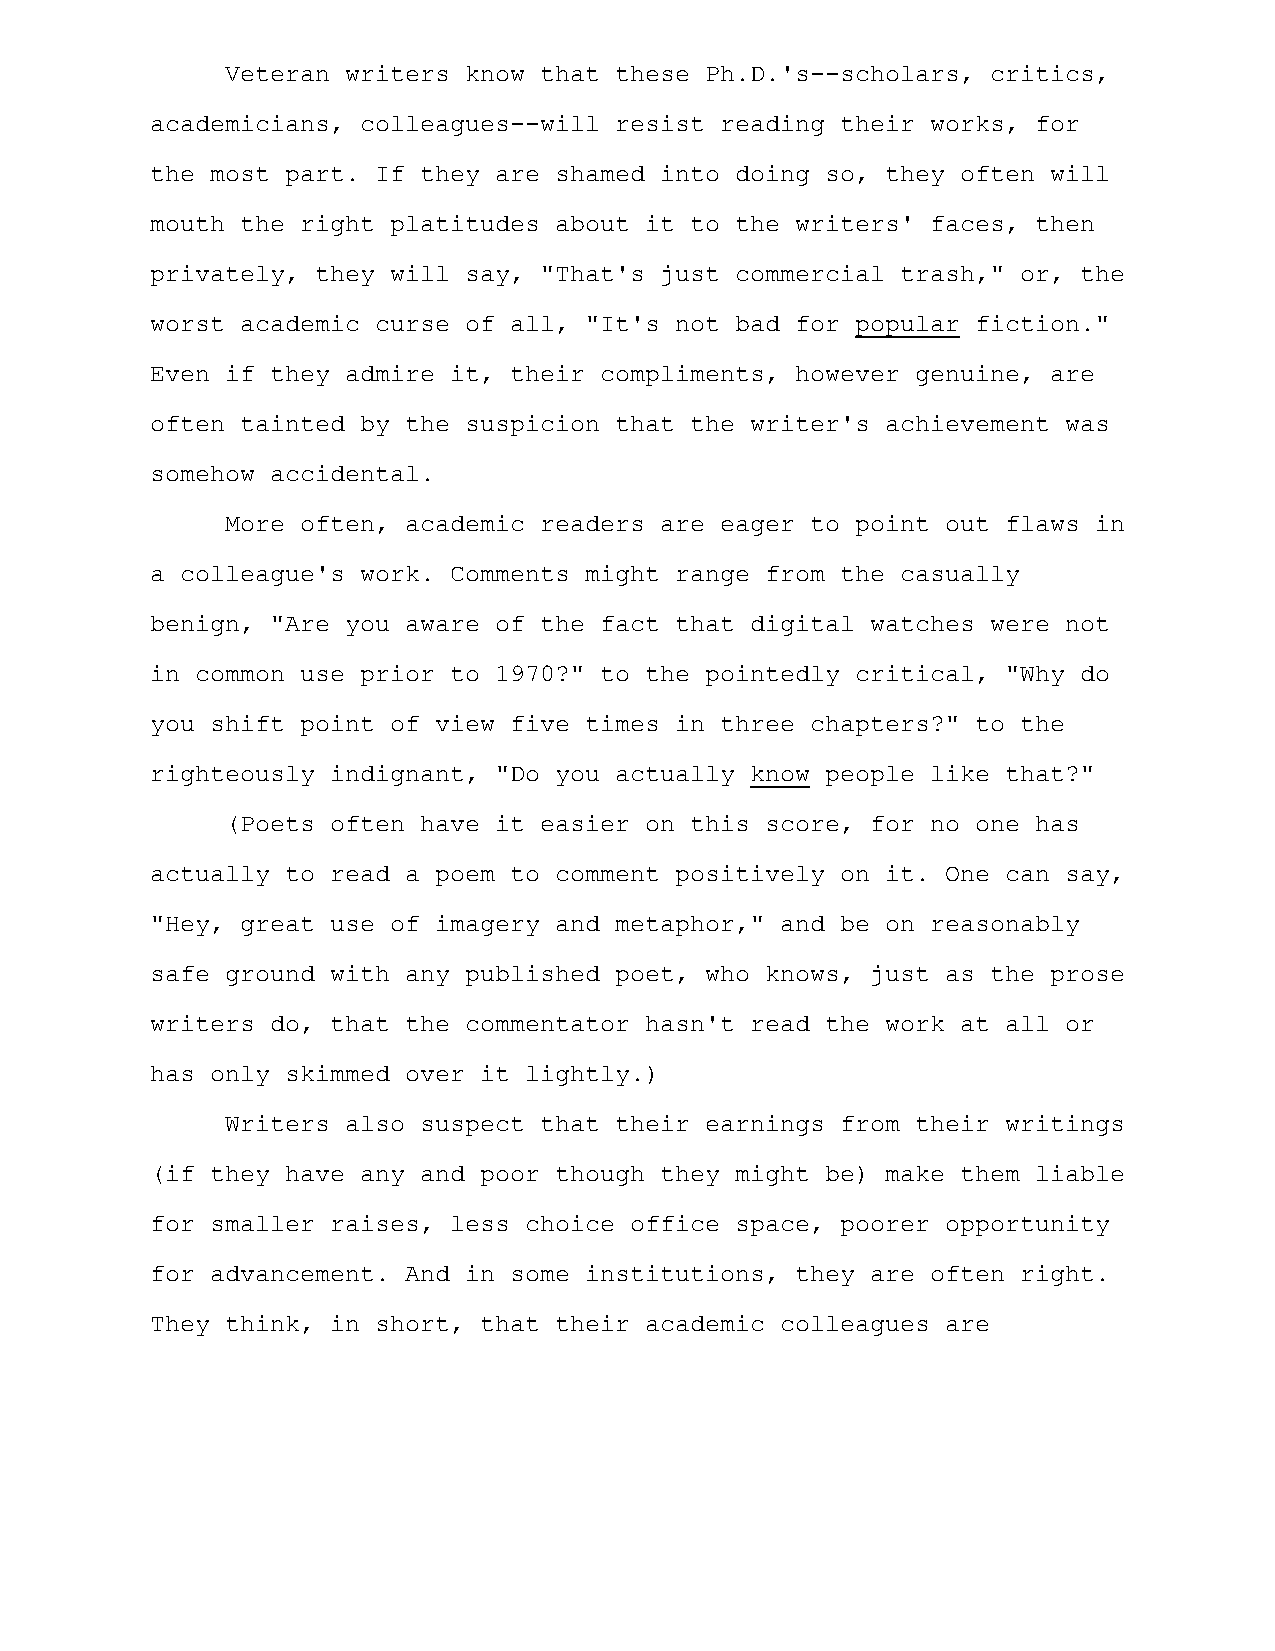
Veteran writers know that these Ph.D.'s--scholars, critics,
 academicians, colleagues--will resist reading their works, for
 the most part. If they are shamed into doing so, they often will
 mouth the right platitudes about it to the writers' faces, then
 privately, they will say, "That's just commercial trash," or, the
 worst academic curse of all, "It's not bad for popular fiction."
 Even if they admire it, their compliments, however genuine, are
 often tainted by the suspicion that the writer's achievement was
 somehow accidental.
 More often, academic readers are eager to point out flaws in
 a colleague's work. Comments might range from the casually
 benign, "Are you aware of the fact that digital watches were not
 in common use prior to 1970?" to the pointedly critical, "Why do
 you shift point of view five times in three chapters?" to the
 righteously indignant, "Do you actually know people like that?"
 (Poets often have it easier on this score, for no one has
 actually to read a poem to comment positively on it. One can say,
 "Hey, great use of imagery and metaphor," and be on reasonably
 safe ground with any published poet, who knows, just as the prose
 writers do, that the commentator hasn't read the work at all or
 has only skimmed over it lightly.)
 Writers also suspect that their earnings from their writings
 (if they have any and poor though they might be) make them liable
 for smaller raises, less choice office space, poorer opportunity
 for advancement. And in some institutions, they are often right.
 They think, in short, that their academic colleagues are